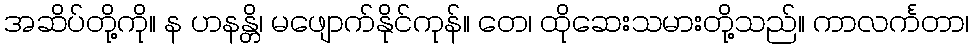
အဆိပ်တို့ကို။ န ဟနန္တိ၊ မဖျောက်နိုင်ကုန်။ တေ၊ ထိုဆေးသမားတို့သည်။ ကာလင်္ကတာ၊